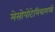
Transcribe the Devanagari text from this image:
मेसोपोटेमियामध्ये